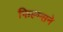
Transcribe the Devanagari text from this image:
फिल्म्सने